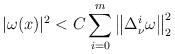
\begin{align*}|\omega(x)|^2<C\sum^m_{i=0}\left\|\Delta^i_\nu\omega\right\|^2_{2}\end{align*}